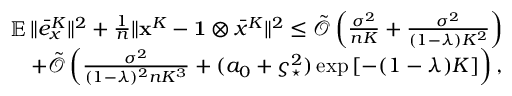
\begin{array} { r l } & { \mathop { \mathbb { E } } \| \bar { e } _ { x } ^ { K } \| ^ { 2 } + \frac { 1 } { n } \| { \mathbf { x } } ^ { K } - \mathbf { 1 } \otimes \bar { x } ^ { K } \| ^ { 2 } \leq \tilde { \mathcal { O } } \left( \frac { \sigma ^ { 2 } } { n K } + \frac { \sigma ^ { 2 } } { ( 1 - \lambda ) K ^ { 2 } } \right) } \\ & { \quad + \tilde { \mathcal { O } } \left( \frac { \sigma ^ { 2 } } { ( 1 - \lambda ) ^ { 2 } n K ^ { 3 } } + ( a _ { 0 } + \varsigma _ { \star } ^ { 2 } ) \exp \left[ - ( 1 - \lambda ) K \right] \right) , } \end{array}